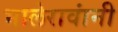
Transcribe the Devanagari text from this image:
भालेरावांनी